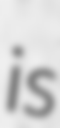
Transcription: is